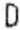
D